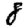
Digit: 8